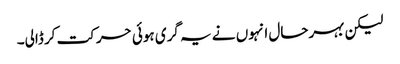
لیکن بہرحال انہوں نے یہ گری ہوئی حرکت کر ڈالی۔